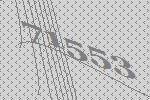
71553